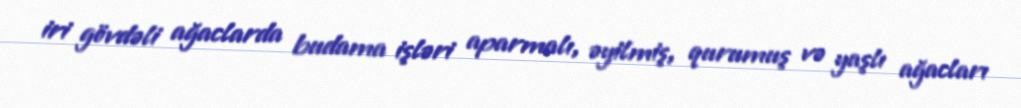
iri gövdəli ağaclarda budama işləri aparmalı, əyilmiş, qurumuş və yaşlı ağacları